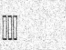
١١٦